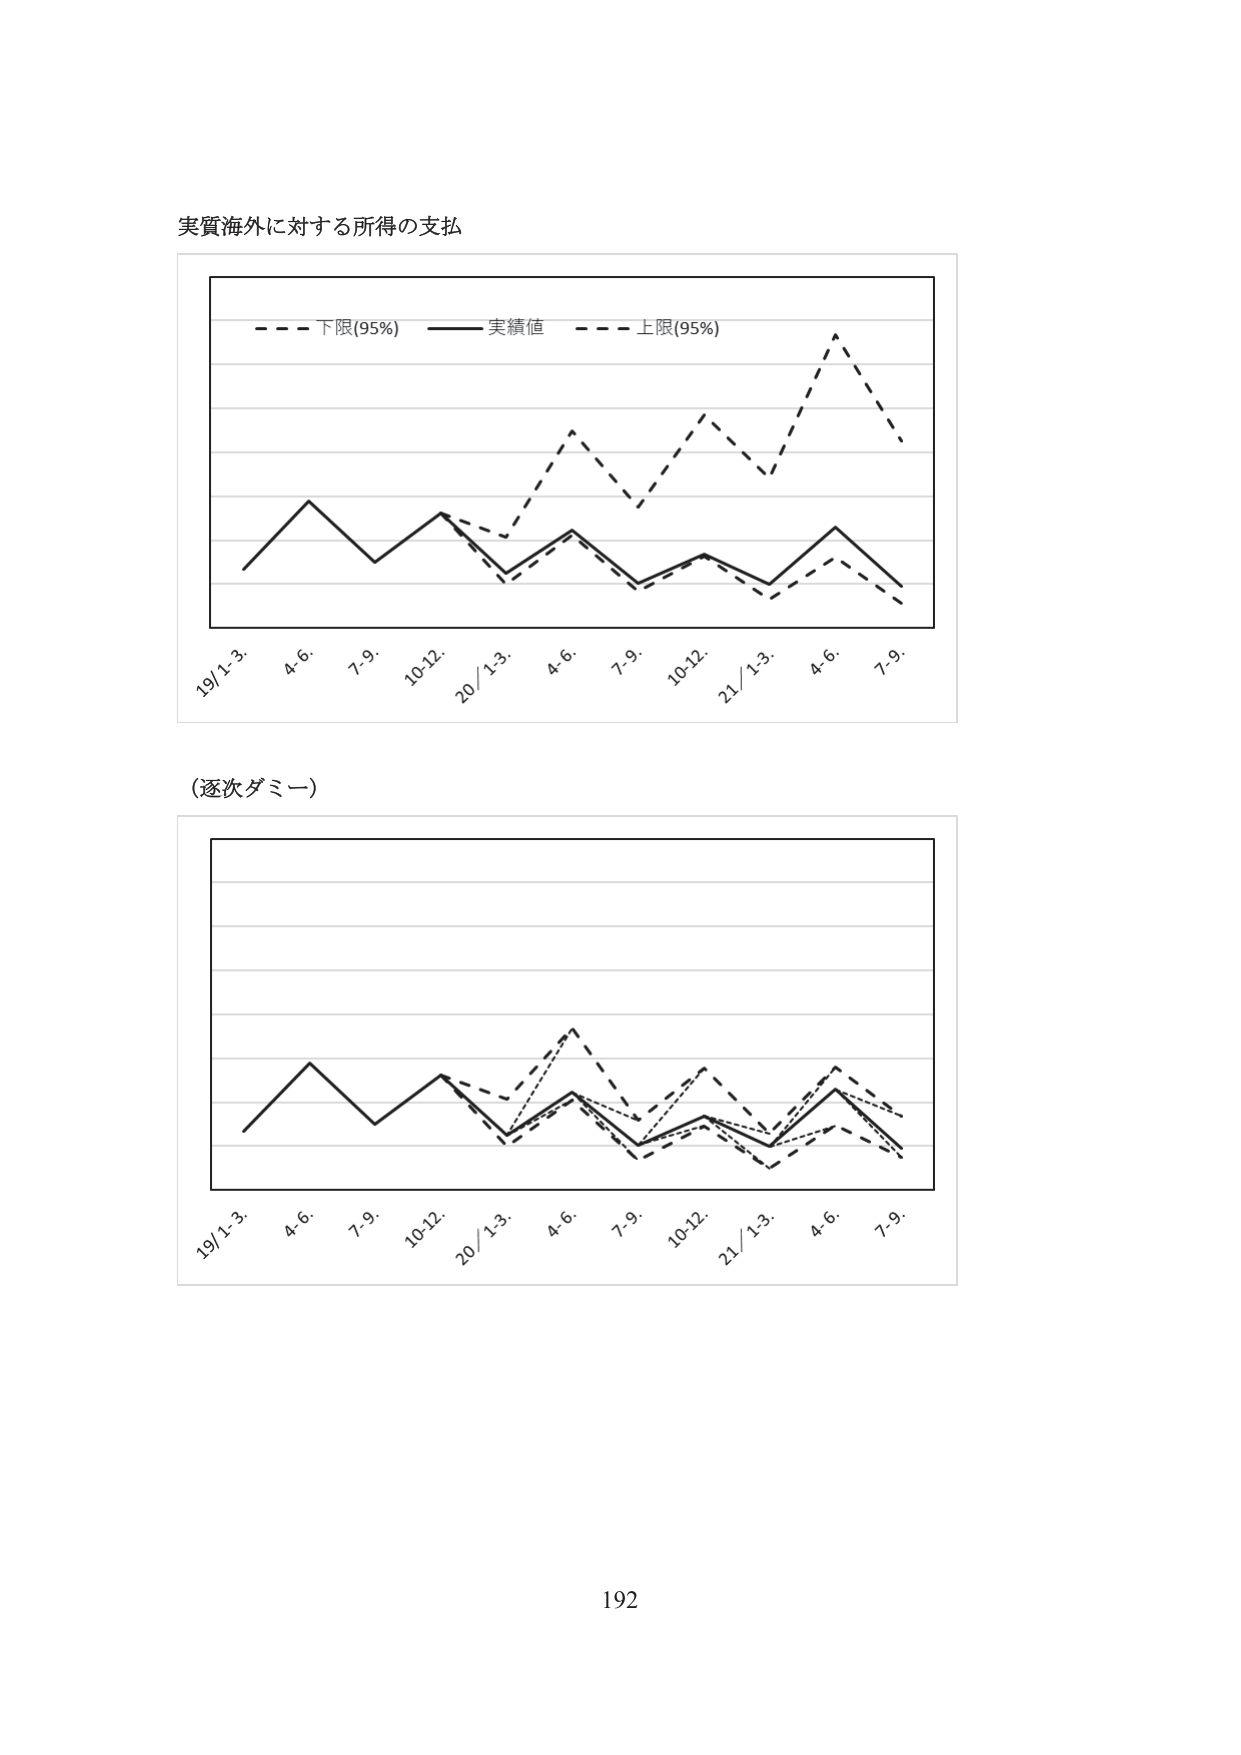
実質海外に対する所得の支払

- - - 下限(95%) —— 実績値 - - - 上限(95%)

19/1-3. 4.6. 7.9. 10-12. 20/1-3. 4.6. 7.9. 10-12. 21/1-3. 4.6. 7.9.

(逐次ダミー)

19/1-3. 4.6. 7.9. 10-12. 20/1-3. 4.6. 7.9. 10-12. 21/1-3. 4.6. 7.9.

192